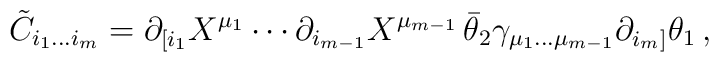
\tilde C_{i_1\ldots i_m}= \partial_{[i_1}X^{\mu_1}\cdots \partial_{i_{m-1}}X^{\mu_{m-1}}\,   \bar\theta_2\gamma_{\mu_1\ldots \mu_{m-1}}   \partial_{i_{m}]}\theta_1\,,